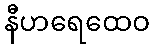
နီဟရေထေဝ